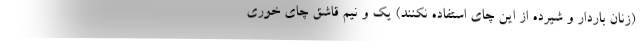
(زنان باردار و شیرده از این چای استفاده نکنند) یک و نیم قاشق چای خوری